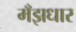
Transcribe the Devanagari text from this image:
मँझधार